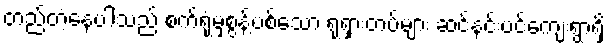
တည်တံ့နေပါသည် စက်ရုံမှစွန့်ပစ်သော ရုရှားတပ်များ ဆင်နင်းပင်ကျေးရွာရှိ